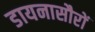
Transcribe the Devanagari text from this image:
डायनासौरों